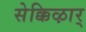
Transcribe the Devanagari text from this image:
सेक्किऴार्